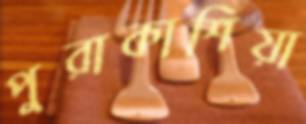
পুরাকাশিয়া